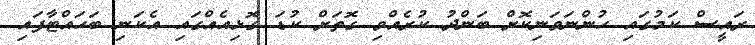
ރައީސް ކަމުގައި ހުންނަވަނިކޮށް ބަންދު ކުރެއްވި ގޮތަށް ކުޑަ ގޮޅިއެއްގައި އެކަނި ބަހައްޓާފައި